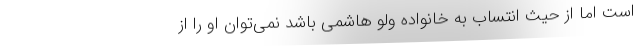
است اما از حیث انتساب به خانواده ولو هاشمی باشد نمی‌توان او را از